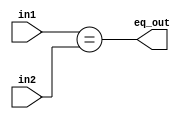
module eq_checker8 #(parameter WIDTH = 8) (in1, in2, eq_out);

input [WIDTH-1:0] in1, in2;
output            eq_out;

assign eq_out = (in1 == in2);

endmodule